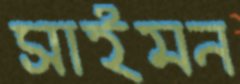
সাইমন